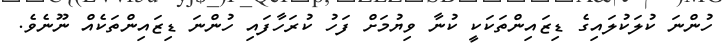
ހުންނަ ކުލަކުލައިގެ ޑިޒައިންތަކަކީ ކުނާ ވިޔުމަށް ފަހު ކުރަހާފައި ހުންނަ ޑިޒައިންތަކެއް ނޫނެވެ.